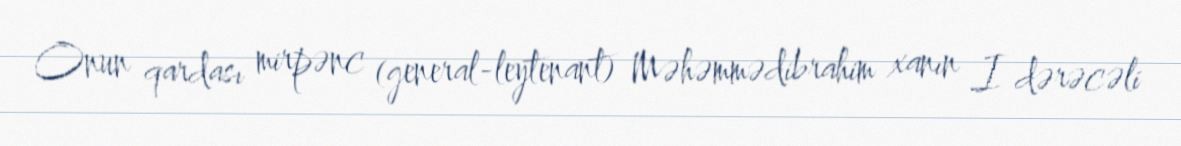
Onun qardası mirpənc (general-leytenant) Məhəmmədibrahim xanın I dərəcəli